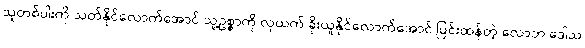
သူတစ်ပါးကို သတ်နိုင်လောက်အောင် သူ့ဥစ္စာကို လုယက် ခိုးယူနိုင်လောက်အောင် ပြင်းထန်တဲ့ လောဘ ဒေါသ